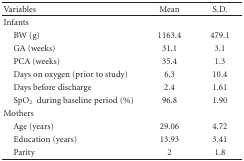
| Variables | Mean | S.D. |
 | --- | --- | --- |
 | Infants |  |  |
 | BW (g) | 1163.4 | 479.1 |
 | GA (weeks) | 31.1 | 3.1 |
 | PCA (weeks) | 35.4 | 1.3 |
 | Days on oxygen (prior to study) | 6.3 | 10.4 |
 | Days before discharge | 2.4 | 1.61 |
 | SpO2 during baseline period (%) | 96.8 | 1.90 |
 | Mothers |  |  |
 | Age (years) | 29.06 | 4.72 |
 | Education (years) | 13.93 | 3.41 |
 | Parity | 2 | 1.8 |